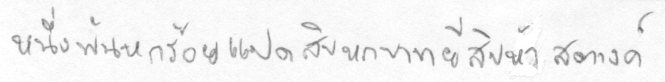
หนึ่งพันหกร้อยแปดสิบบหกบาทยี่สิบห้าสตางค์